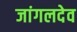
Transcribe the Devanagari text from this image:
जांगलदेव